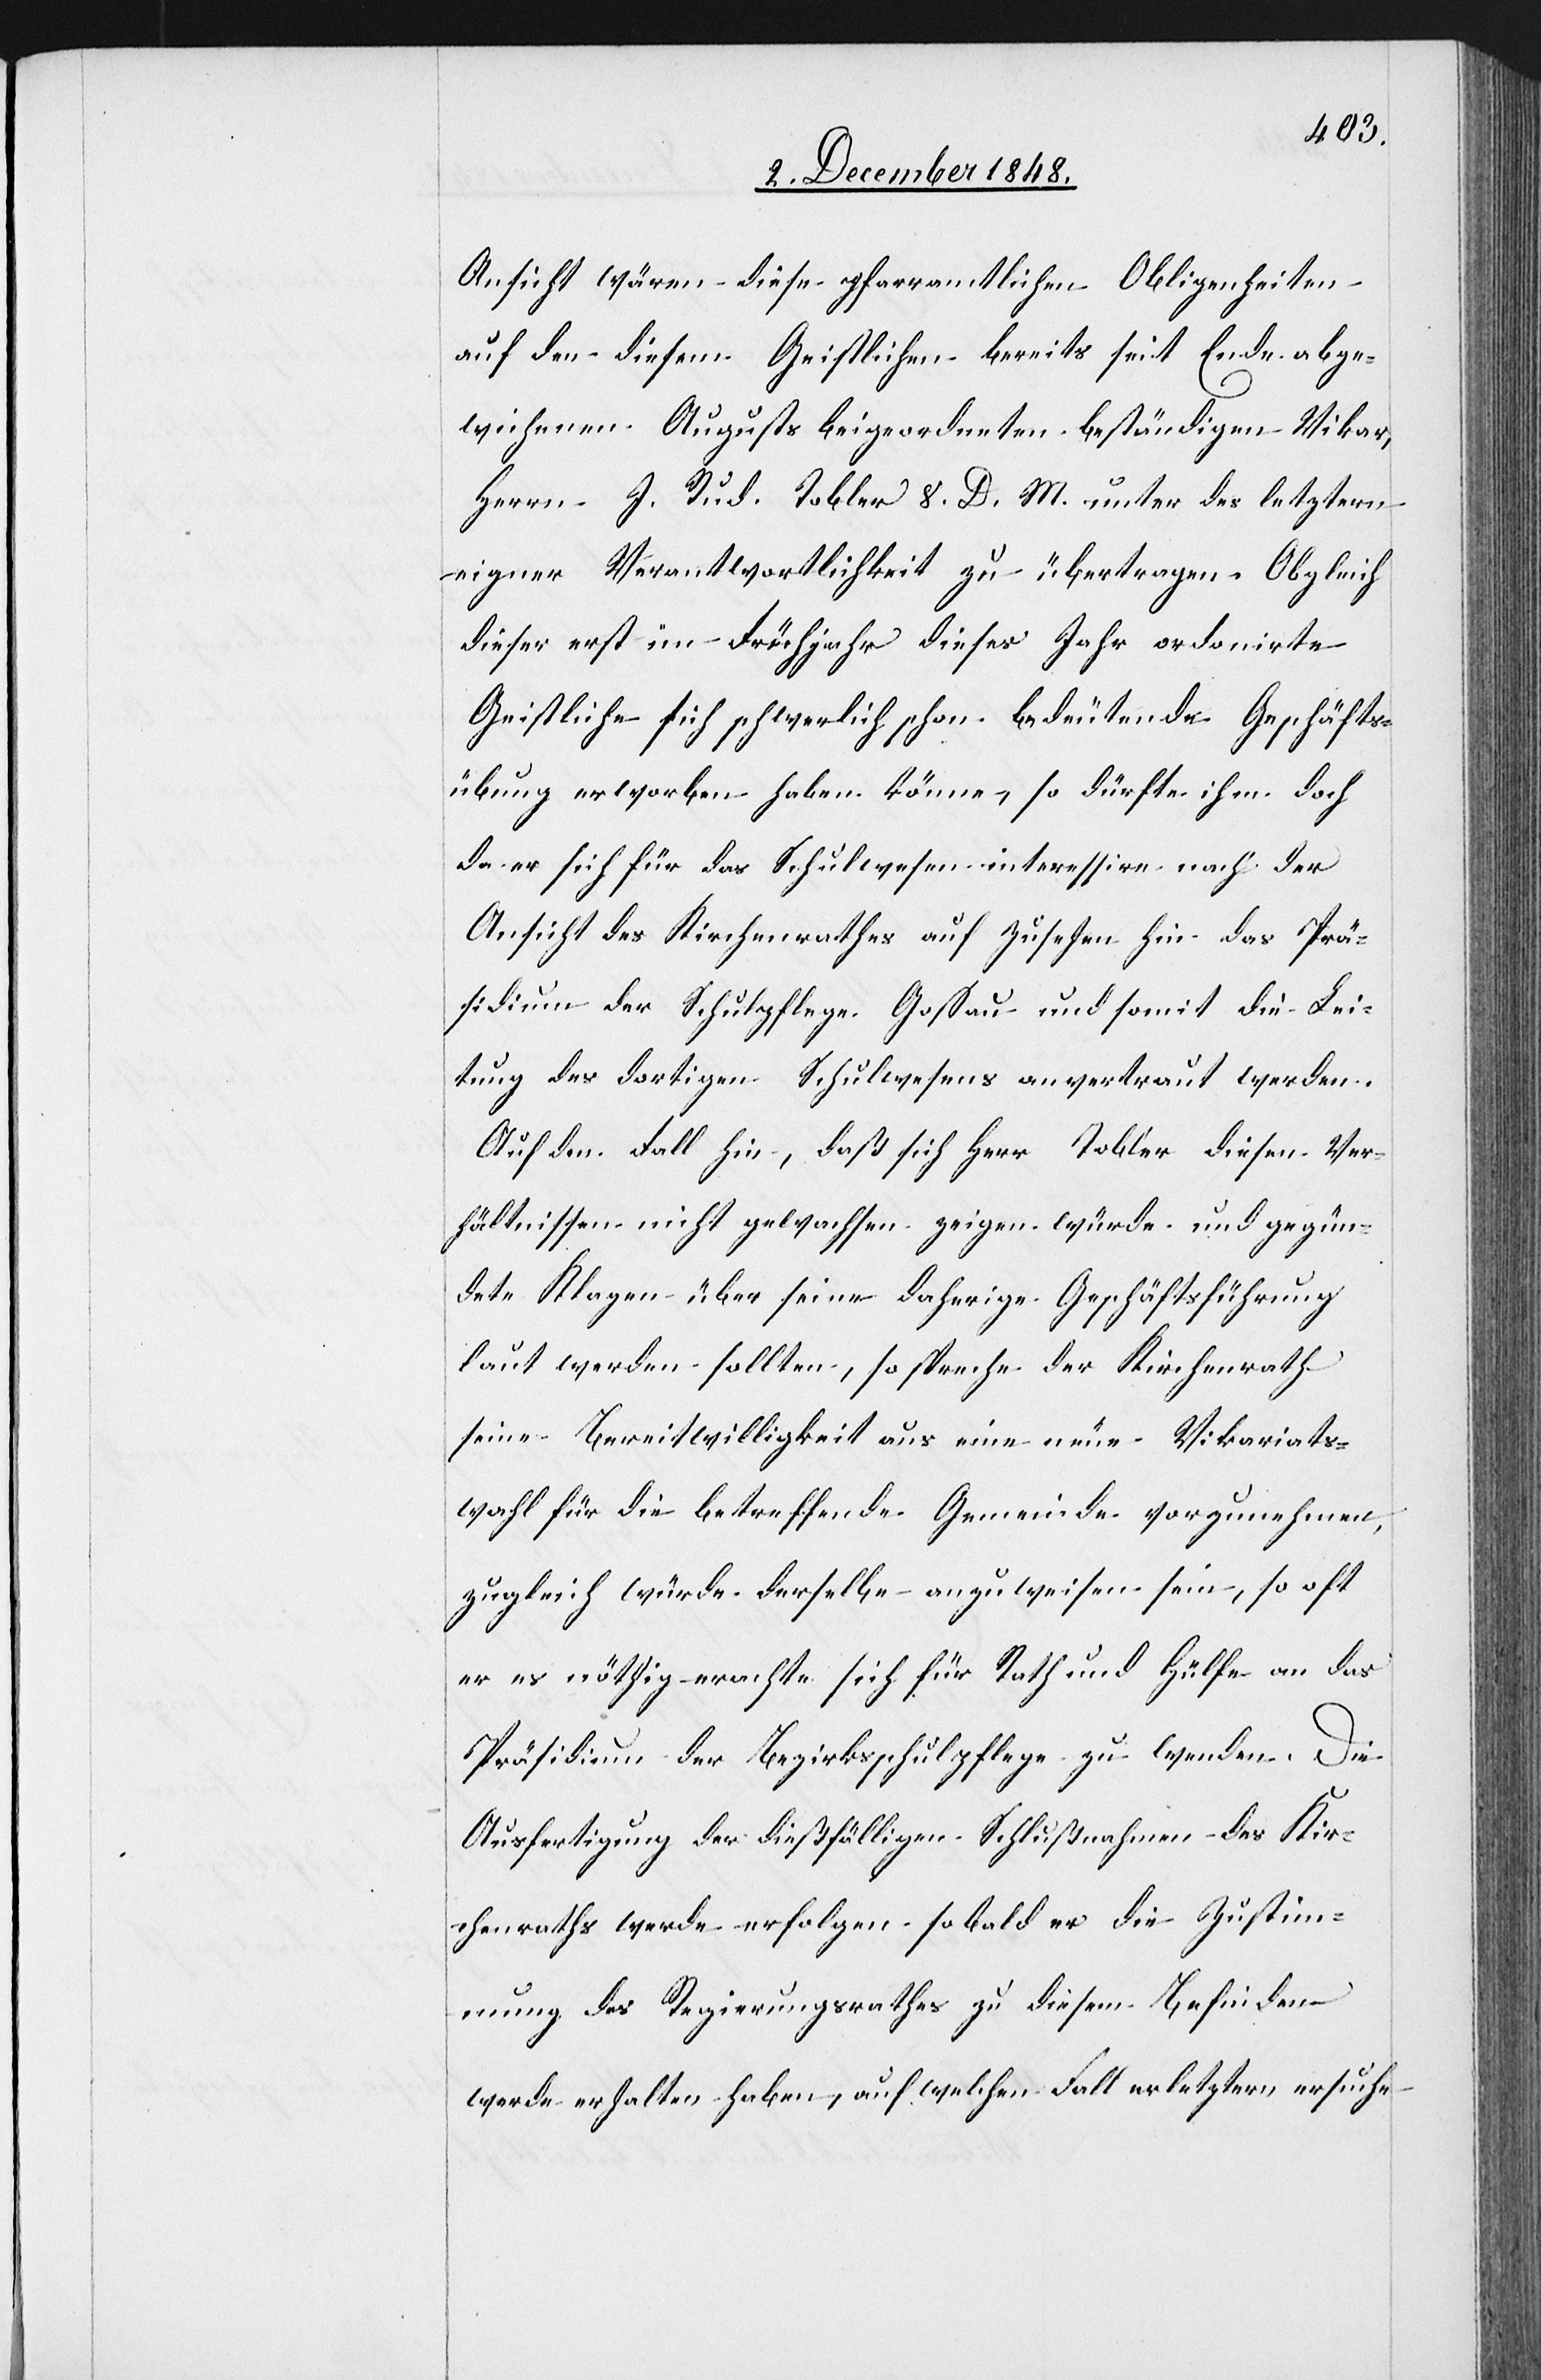
Ansicht wären diese pfarramtlichen Obligenheiten
auf den diesem Geistlichen bereits seit Ende abge¬
wichenen Augusts beigeordneten beständigen Vikar,
Herrn J. Rud. Tobler V. D. M. unter des letztern
eigner Verantwortlichkeit zu übertragen. Obgleich
dieser erst im Frühjahr dieses Jahr ordonirte
Geistliche sich schwerlich schon bedeutende Geschäfts¬
übung erworben haben könne, so dürfte ihm doch
da er sich für das Schulwesen interessire nach der
Ansicht des Kirchenrathes auf zusehen hin das Prä¬
sidium der Schulpflege Gossau und somit die Lei¬
tung des dortigen Schulwesens anvertraut werden.
Auf den Fall hin, daß sich Herr Tobler diesen Ver¬
hältnissen nicht gewachsen zeigen würde und geg[r]ün¬
dete Klagen über seine daherige Geschäftsführung
laut werden sollten, so spreche der Kirchenrath
seine Bereitwilligkeit aus eine neue Vikariats¬
wahl für die betreffende Gemeinde vorzunehmen,
zugleich würde derselbe anzuweisen sein, so oft
er es nöthig machte sich für Rath und Hülfe an das
Präsidium der Bezirksschulpflege zu wenden. Die
Ausfertigung der dießfälligen Schlußnahmen des Kir¬
chenraths werde erfolgen sobald er die Zustim¬
mung des Regierungsrathes zu diesem Befinden
werde erhalten haben, auf welchen Fall er letztern ersuche